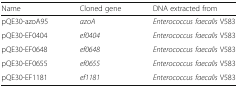
| Name | Cloned gene | DNA extracted from |
 | --- | --- | --- |
 | pQE30-azoA95 | azoA | Enterococcus faecalis V583 |
 | pQE30-EF0404 | ef0404 | Enterococcus faecalis V583 |
 | pQE30-EF0648 | ef0648 | Enterococcus faecalis V583 |
 | pQE30-EF0655 | ef0655 | Enterococcus faecalis V583 |
 | pQE30-EF1181 | ef1181 | Enterococcus faecalis V583 |